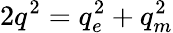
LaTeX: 2q^{2}=q_{e}^{2}+q_{m}^{2}